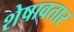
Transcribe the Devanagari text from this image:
शेषावतार